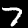
Digit: 7